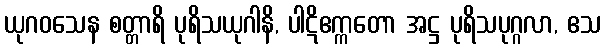
ယုဂဝသေန စတ္တာရိ ပုရိသယုဂါနိ, ပါဋိဧက္ကတော အဋ္ဌ ပုရိသပုဂ္ဂလာ, ဧသ